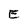
Character: E